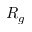
R _ { g }